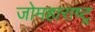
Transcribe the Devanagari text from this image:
जोमहाराष्ट्र